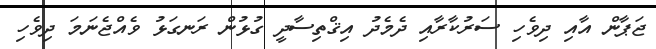
ޖަޕާން އާއި ދިވެހި ސަރުކާރާއި ދެމެދު އިޤްތިސާދީ ގުޅުން ރަނގަޅު ވެއްޖެނަމަ ދިވެހި